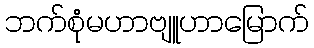
ဘက်စုံမဟာဗျူဟာမြောက်